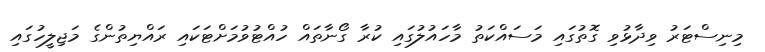
މިނިސްޓަރު ވިދާޅުވި ގޮތުގައި މަސައްކަތު މާހައުލުގައި ކުރާ ގޯނާތައް ހުއްޓުވުމަށްޓަކައި ރައްޔިތުންގެ މަޖިލީހުގައި